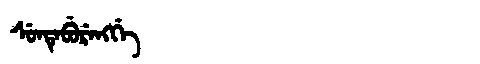
Manchu: ᠰᡠᠨᡨᡝᠪᡠᡵᡝᠩᡤᡝ
Romanization: SUNTEBURENGGE